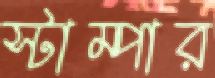
স্টাম্পার